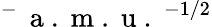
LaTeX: ^{-}\, \mathrm{~a~.~m~.~u~.~}^{-1/2}